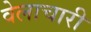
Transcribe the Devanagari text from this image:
वेलाचारी